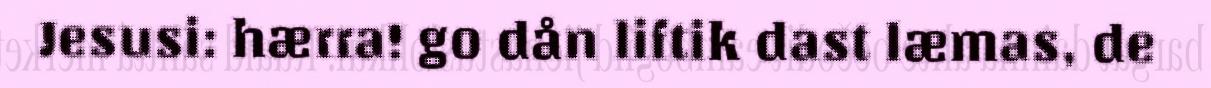
Jesusi: hærra! go dån liftik dast læmas, de